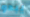
يبدو